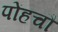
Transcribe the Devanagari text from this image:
पोंहचौ